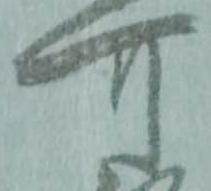
可